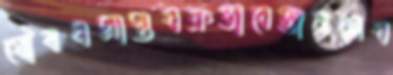
যৌবনপ্রাপ্তবক্রভাবেজনসেব